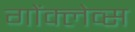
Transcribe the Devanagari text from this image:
गोंक्लेव्स